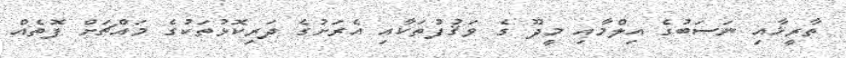
ތާރީޚާއި ނަސަބުގެ އިލްމާއި މީދޫ ގެ ވަޤުފުތަކާއި އެރަށުގެ ދަރިކޮޅުތަކުގެ މައްޗަށް ފޮތެއް